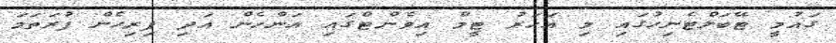
ގައުމީ ޓޭބަލްޓެނިހުގައި މި އަހަރު ޓީމް އިވެންޓްގައި އަންހެން އަދި ފިރިހެން ފުރަތަމަ